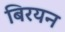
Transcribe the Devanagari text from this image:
बिरयन